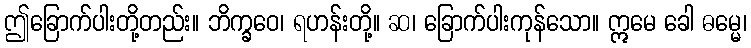
ဤခြောက်ပါးတို့တည်း။ ဘိက္ခဝေ၊ ရဟန်းတို့။ ဆ၊ ခြောက်ပါးကုန်သော။ ဣမေ ခေါ ဓမ္မေ၊